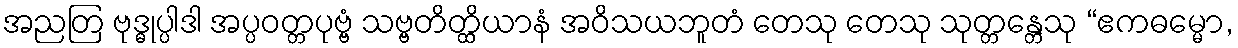
အညတြ ဗုဒ္ဓုပ္ပါဒါ အပ္ပဝတ္တပုဗ္ဗံ သဗ္ဗတိတ္ထိယာနံ အဝိသယဘူတံ တေသု တေသု သုတ္တန္တေသု “ဧကဓမ္မော,